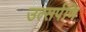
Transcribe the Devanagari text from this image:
उत्सर्पणि